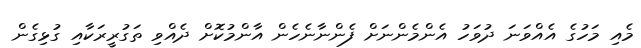
މެއި މަހުގެ އެއްވަނަ ދުވަހު އެންމެންނަށް ފެންނާނެހެން އާންމުކޮށް ދެއްވި ތަގުރީރަކާއި ގުޅިގެން